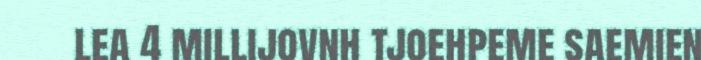
lea 4 millijovnh tjoehpeme saemien